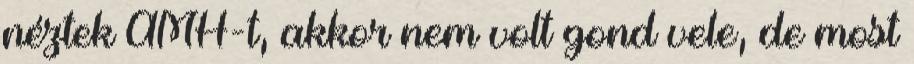
néztek AMH-t, akkor nem volt gond vele, de most